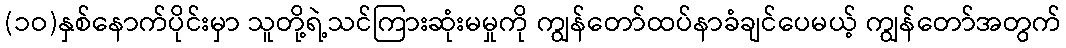
(၁ဝ)နှစ်နောက်ပိုင်းမှာ သူတို့ရဲ့သင်ကြားဆုံးမမှုကို ကျွန်တော်ထပ်နာခံချင်ပေမယ့် ကျွန်တော်အတွက်